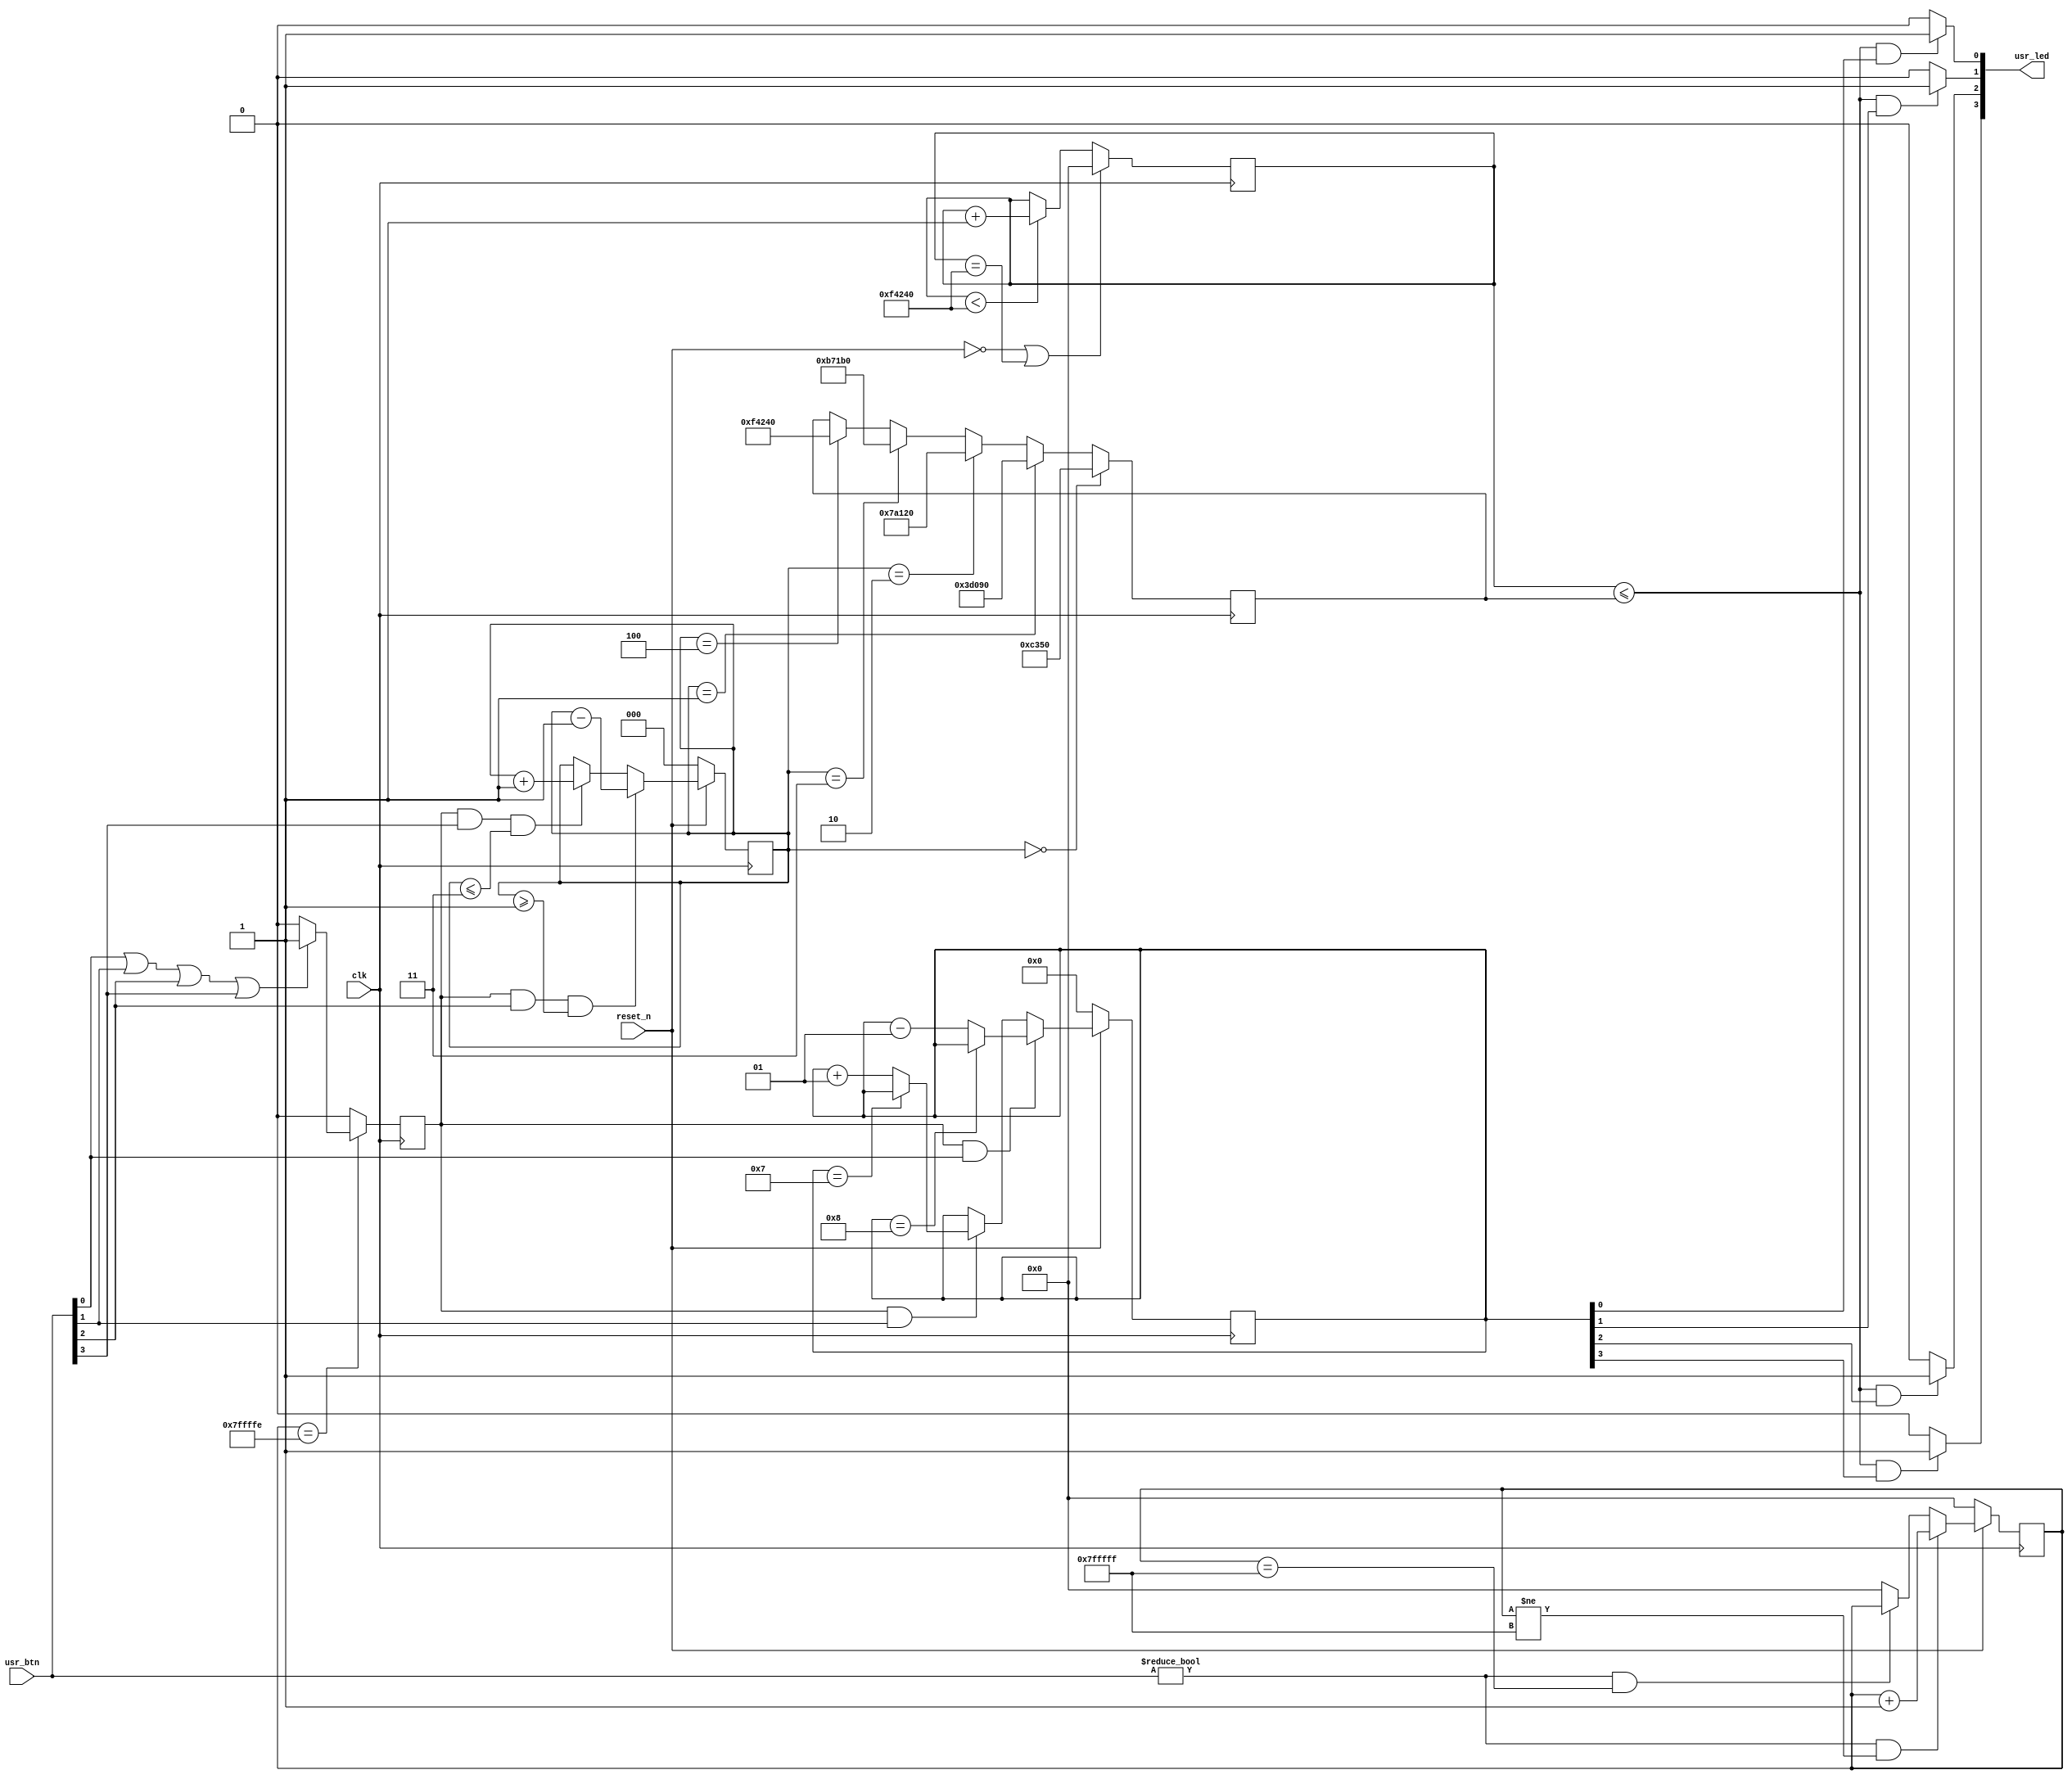
`timescale 1ns / 1ps
//////////////////////////////////////////////////////////////////////////////////
// Company: 
// Engineer: 
// 
// Design Name: 
// Module Name: lab3
// Project Name: 
// Target Devices: 
// Tool Versions: 
// Description: 
// 
// Dependencies: 
// 
// Revision:
// Revision 0.01 - File Created
// Additional Comments:
// 
//////////////////////////////////////////////////////////////////////////////////


module lab3(
  input  clk,            // System clock at 100 MHz
  input  reset_n,        // System reset signal, in negative logic
  input  [3:0] usr_btn,  // Four user pushbuttons
  output [3:0] usr_led   // Four yellow LEDs
);

reg [22:0] decounter;
reg signed [3:0] counter;
//assign usr_led = usr_btn;
reg debounce;

//assign usr_led = counter;




always @(posedge clk)
begin 
	if(~reset_n)
		decounter <= 0;
	else if(usr_btn != 0 && decounter != 23'h7fffff)
		decounter <= decounter+1;
    else if(usr_btn != 0 && decounter == 23'h7fffff)
        decounter <= decounter;
	else
	   decounter <= 0;
end

wire test;

assign test = (usr_btn[0] || usr_btn[1] || usr_btn[2] ||usr_btn[3])? 1:0;

always@(posedge clk)
begin
    if(decounter == (23'h7fffff-1))
        debounce <= test;
    else
        debounce <= 0;
end

always@(posedge clk)
begin
    if(~reset_n)
        counter <= 0;
    else if(debounce && usr_btn[0])
    begin
        if(counter == -8)
            counter <= counter;
        else 
            counter <= counter -1;
    end
    else if(debounce && usr_btn[1])
    begin
        if(counter == 7)
            counter <= counter;
        else
            counter <= counter + 1;
     end
end
 
reg [2:0] du_cy;
  
always@ (posedge clk)
begin
    if(~reset_n)
        du_cy <= 0;
    else if(debounce && usr_btn[2] && du_cy >= 1)
        du_cy = du_cy - 1;
    else if(debounce && usr_btn[3] && du_cy <= 3)
        du_cy = du_cy + 1;
    else 
        du_cy <= du_cy;    
end    
    
reg [22:0] high_ticks;

always @(posedge clk)
begin
	if(du_cy == 0) high_ticks = 50000;
	else if(du_cy ==1) high_ticks = 250000;
	else if(du_cy == 2) high_ticks=500000;
	else if(du_cy == 3) high_ticks=750000;
	else if(du_cy == 4) high_ticks=1000000;
end  

reg [22:0] Lcounter;
always@ (posedge clk)
begin
    if(~reset_n || Lcounter == 1000000)
        Lcounter <= 0;
    else if(Lcounter < 1000000)
        Lcounter = Lcounter + 1;
end

assign usr_led[0]=(Lcounter <= high_ticks &&  counter[0])?1:0;
assign usr_led[1]=(Lcounter <= high_ticks &&  counter[1])?1:0;
assign usr_led[2]=(Lcounter <= high_ticks &&  counter[2])?1:0;
assign usr_led[3]=(Lcounter <= high_ticks &&  counter[3])?1:0;



endmodule